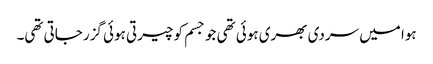
ہوا میں سردی بھری ہوئی تھی جو جسم کو چیرتی ہوئی گزر جاتی تھی۔